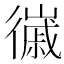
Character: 𢖌